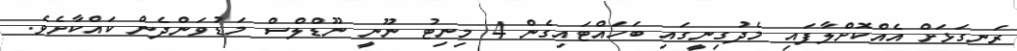
ރަނގަޅަށް އެއްކޮށްލާފައި މެދުގިނީގައި ބަހައްޓައިގެން 4 މިނިޓު ނޫނީ ނޫޑްލްސް މަޑުވަންދެން ކައްކާށެވެ.